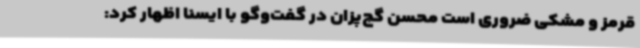
قرمز و مشکی ضروری است محسن گچ‌پزان در گفت‌وگو با ایسنا اظهار کرد: